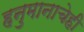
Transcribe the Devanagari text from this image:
हनुमानाचेही